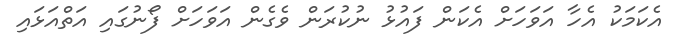
އެކަމަކު އެހާ އަވަހަށް އެކަން ފައުޅު ނުކުރަން ވެގެން އަވަހަށް ފޯނުގައި އަތްއަޅައި